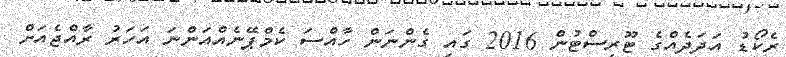
ރެކޯޑު އަދަދެއްގެ ޓޫރިސްޓުން 2016 ގައި ގެންނަން ހާއްސަ ކެމްޕޭނެއްއަންނަ އަހަރު ރާއްޖެއަށް